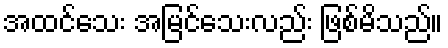
အထင်သေး အမြင်သေးလည်း ဖြစ်မိသည်။